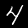
Digit: 4